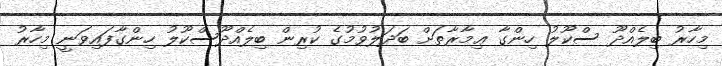
މިހާރު ބިލެއްދޫ ސްކޫލު ހިންގާ ޢިމާރާތަށް ބަދަލުވުމުގެ ކުރިން ބިލެއްދޫސްކޫލު ހިންގާފައިވަނީ މިހާރު